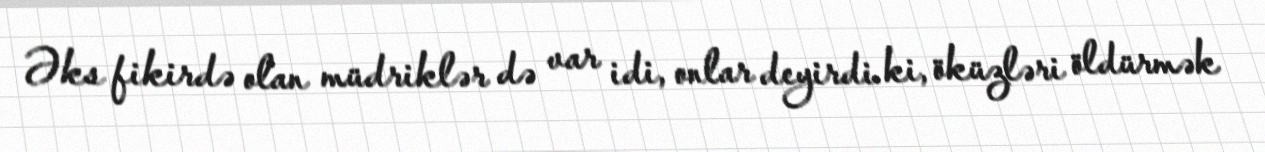
Əks fikirdə olan müdriklər də var idi, onlar deyirdi ki, öküzləri öldürmək